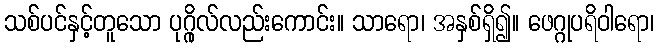
သစ်ပင်နှင့်တူသော ပုဂ္ဂိုလ်လည်းကောင်း။ သာရော၊ အနှစ်ရှိ၍။ ဖေဂ္ဂုပရိဝါရော၊